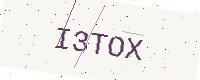
Text: I3TOX